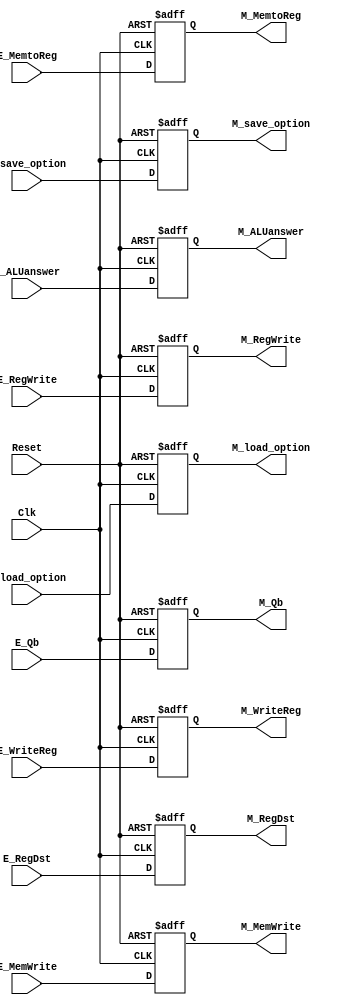
`timescale 1ns / 1ps
//////////////////////////////////////////////////////////////////////////////////
// Company: 
// Engineer: 
// 
// Design Name: 
// Module Name: REG_EX_MEM
// Project Name: 
// Target Devices: 
// Tool Versions: 
// Description: 
// 
// Dependencies: 
// 
// Revision:
// Revision 0.01 - File Created
// Additional Comments:
// 
//////////////////////////////////////////////////////////////////////////////////


module REG_EX_MEM(E_RegWrite,E_RegDst,E_MemWrite,E_MemtoReg,E_WriteReg,E_Qb,E_ALUanswer,E_load_option,E_save_option,Clk,Reset,
M_RegWrite,M_RegDst,M_MemWrite,M_MemtoReg,M_WriteReg,M_Qb,M_ALUanswer,M_load_option,M_save_option);

    input [31:0] E_ALUanswer,E_Qb;
    input [4:0] E_WriteReg;
    input [2:0] E_load_option;
    input [1:0] E_save_option;
    input Clk,Reset;
    input E_RegWrite,E_RegDst,E_MemWrite,E_MemtoReg;

    output reg[31:0] M_ALUanswer ,M_Qb;
    output reg[4:0] M_WriteReg;
    output reg[2:0] M_load_option;
    output reg[1:0] M_save_option;
    output reg M_RegWrite,M_RegDst,M_MemWrite,M_MemtoReg;

    initial begin
        M_ALUanswer = 0;
        M_MemtoReg = 0;
        M_MemWrite = 0;
        M_Qb = 0;
        M_RegDst = 0;
        M_RegWrite = 0;
        M_WriteReg = 0;
        M_load_option = 0;
        M_save_option = 0;
    end

    always @(posedge Clk or negedge Reset)  
    begin  
    if (!Reset) 
        begin  
            M_ALUanswer = 0;
            M_MemtoReg = 0;
            M_MemWrite = 0;
            M_Qb = 0;
            M_RegDst = 0;
            M_RegWrite = 0;
            M_WriteReg = 0;
            M_load_option = 0;
            M_save_option = 0;
        end  
    else   
        begin
            M_ALUanswer = E_ALUanswer;
            M_MemtoReg = E_MemtoReg;
            M_MemWrite = E_MemWrite;
            M_Qb = E_Qb;
            M_RegDst = E_RegDst;
            M_RegWrite = E_RegWrite;
            M_WriteReg = E_WriteReg;
            M_load_option = E_load_option;
            M_save_option = E_save_option;
        end  
    end

endmodule